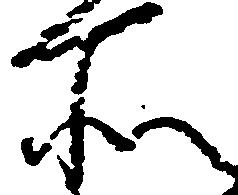
所